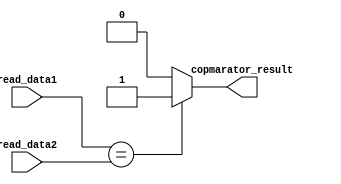
module Comparator (read_data1 ,read_data2 , copmarator_result);
	input [31:0]read_data1 ,read_data2;
	output 	reg  copmarator_result;
	
	always @ (read_data1 or read_data2) begin
      if ( read_data1 == read_data2 )
        #2	copmarator_result = 1'b1;
      else
        #2	copmarator_result = 1'b0;
		end
endmodule

module Comparator_testbench();
  reg [31:0] read_data1 , read_data2;
  wire copmarator_result;

  Comparator try ( read_data1 , read_data2 , copmarator_result );

  initial begin
    read_data1 <= 32'b0000_0000_0000_0100;
    read_data2 <= 32'b0000_0000_0000_0100;
    #10 read_data1 <= 32'b0000_0000_0000_0100;
    read_data2 <= 32'b0000_0010_0000_0100;
    #10 read_data1 <= 32'b0000_0000_0001_0100;
    read_data2 <= 32'b0000_0000_0000_0100;
  end
endmodule